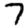
Digit: 7